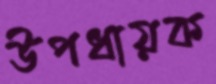
উপধায়ক